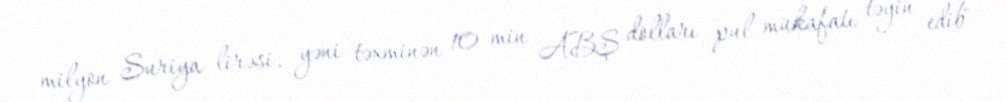
milyon Suriya lirəsi, yəni təxminən 10 min ABŞ dolları pul mükafatı təyin edib"